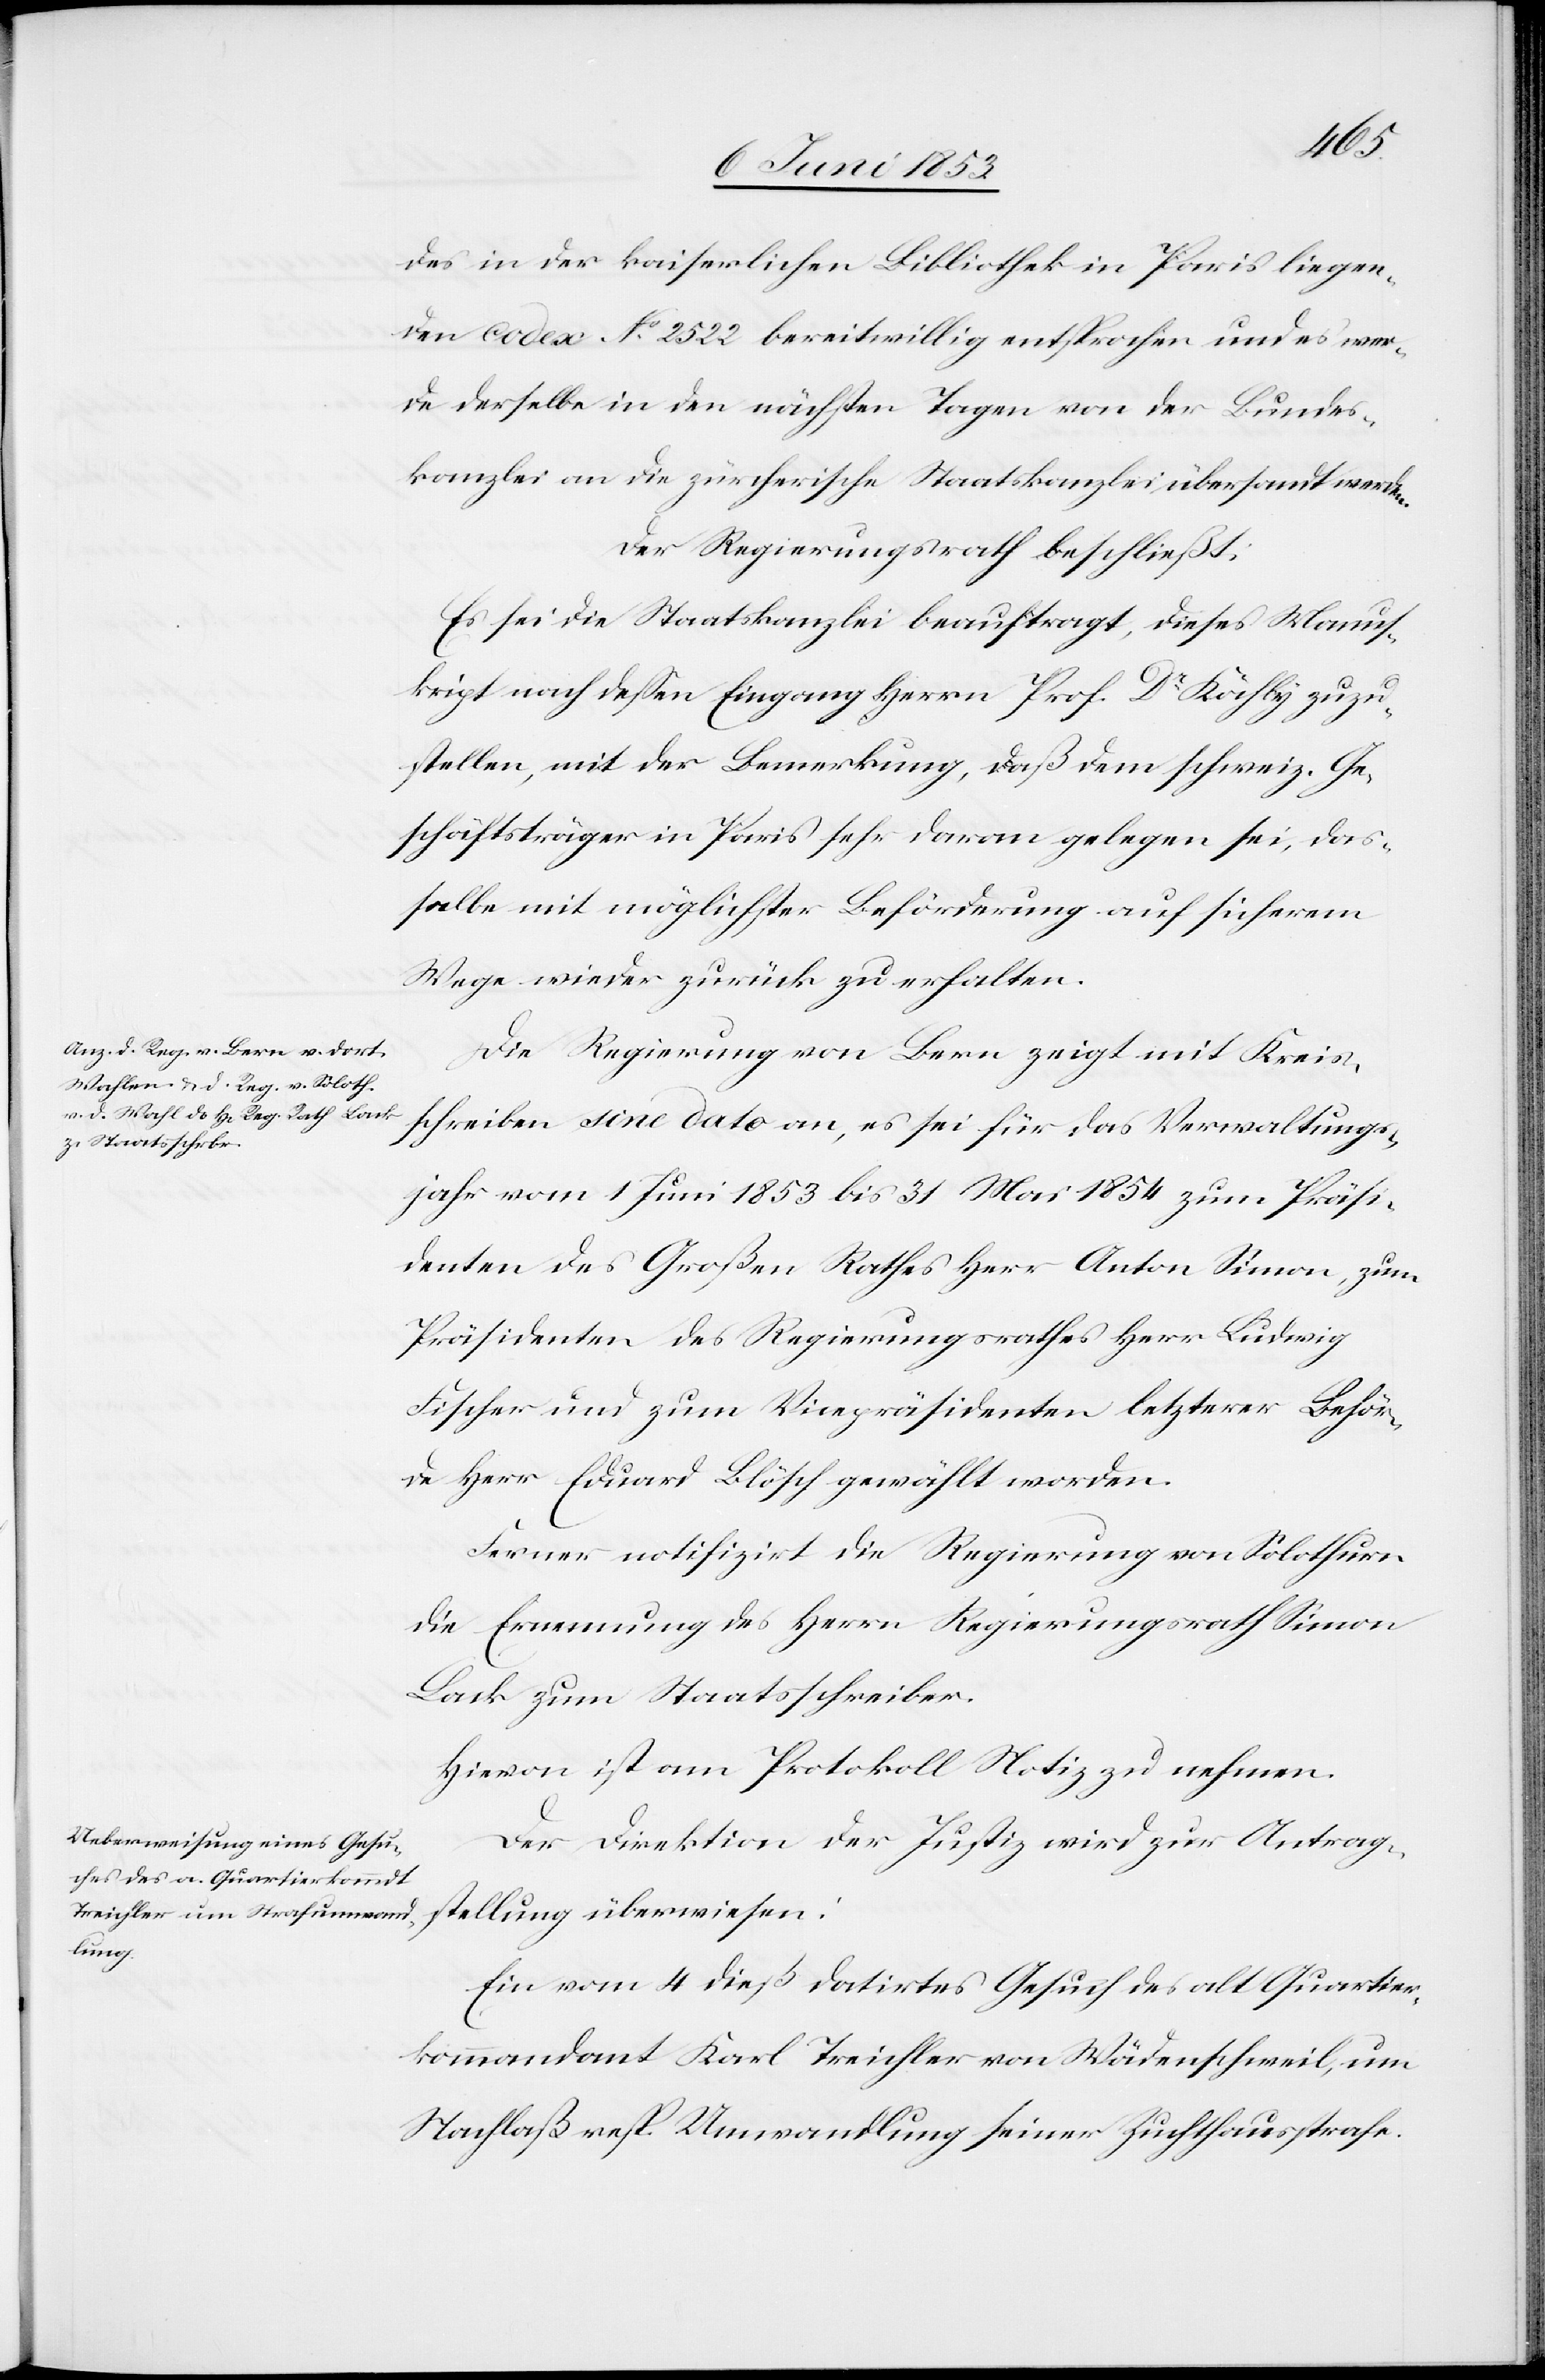
des in der kaiserlichen Bibliothek in Paris liegen¬
den Codex N°. 2522 bereitwillig entsprochen und es wer¬
de derselbe in den nächsten Tagen von der Bundes¬
kanzlei an die zürcherische Staatskanzlei übersandt werden.
Der Regierungsrath beschließt:
Es sei die Staatskanzlei beauftragt, dieses Manus¬
kript nach deßen Eingang Herrn Prof. Dr. Kähly zuzu¬
stellen, mit der Bemerkung, daß dem schweiz. Ge¬
schäftsträger in Paris sehr daran gelegen sei, das¬
selbe mit möglichster Beförderung auf sicherem
Wege wieder zurück zu erhalten.
Die Regierung von Bern zeigt mit Kreis¬
schreiben sine dato an, es sei für das Verwaltungs¬
jahr vom 1 Juni 1853 bis 31 Mai 1854 zum Präsi¬
denten des Großen Rathes Anton Simon, zum
Präsidenten des Regierungsrathes Herr Ludwig
Fischer und zum Vicepräsidenten letzterer Behör¬
de Herr Eduard Blösch gewählt worden.
Ferner ratifizirt die Regierung von Solothurn
die Ernennung des Herrn Regierungsrath Simon
Lack zum Staatsschreiber.
Hievon ist am Protokoll Notiz zu nehmen.
Der Direktion der Justiz wird zur Antrag¬
stellung überwiesen:
Ein vom 4 dieß datirtes Gesuch des alt Quartier¬
kommandant Karl Treichler von Wädenschweil, um
Nachlaß resp. Umwandlung seiner Zuchthausstrafe.